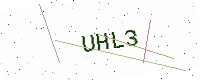
Text: UHL3